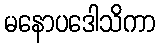
မနောပဒေါသိကာ